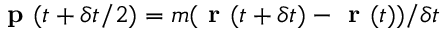
\textbf { p } ( t + \delta t / 2 ) = m ( \textbf { r } ( t + \delta t ) - \textbf { r } ( t ) ) / \delta t